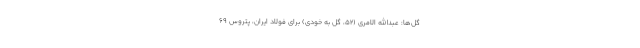
گل‌ها: عبدالله الامری (۵۲، گل به خودی) برای فولاد ایران، پتروس ۶۹